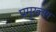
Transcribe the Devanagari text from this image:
प्रमुख्तय